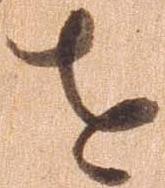
を